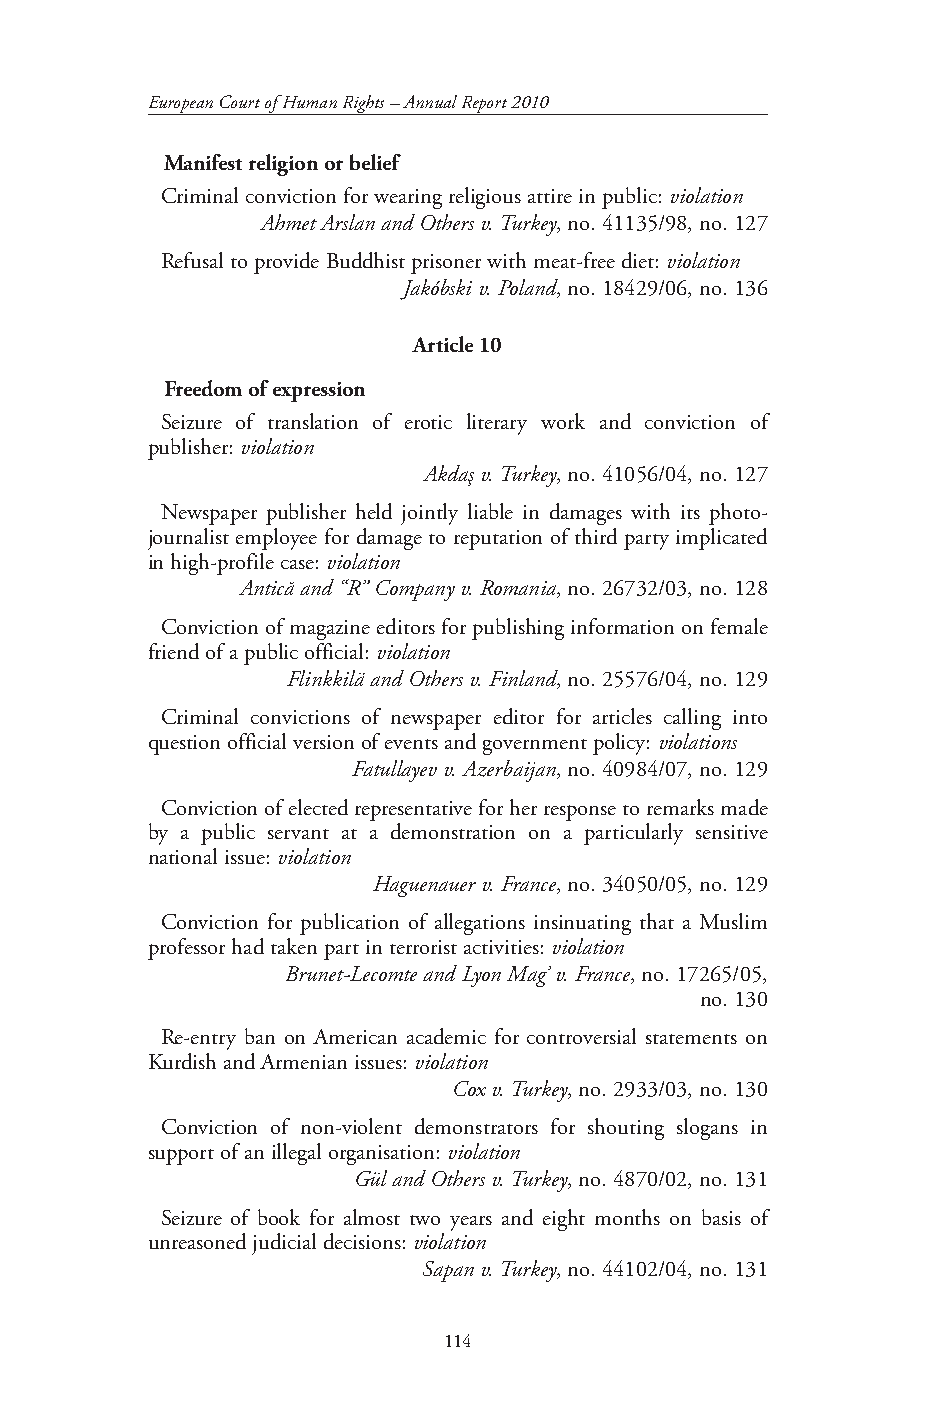
European Court of Human Rights – Annual Report 2010
 Manifest religion or belief
 Criminal conviction for wearing religious attire in public: violation
 Ahmet Arslan and Others v. Turkey, no. 41135/98, no. 127
 Refusal to provide Buddhist prisoner with meat-free diet: violation
 Jakóbski v. Poland, no. 18429/06, no. 136
 Article 10
 Freedom of expression
 Seizure of translation of erotic literary work and conviction of
 publisher: violation
 Akdaş v. Turkey, no. 41056/04, no. 127
 Newspaper publisher held jointly liable in damages with its photo-
 journalist employee for damage to reputation of third party implicated
 in high-profile case: violation
 Antică and “R” Company v. Romania, no. 26732/03, no. 128
 Conviction of magazine editors for publishing information on female
 friend of a public official: violation
 Flinkkilä and Others v. Finland, no. 25576/04, no. 129
 Criminal convictions of newspaper editor for articles calling into
 question official version of events and government policy: violations
 Fatullayev v. Azerbaijan, no. 40984/07, no. 129
 Conviction of elected representative for her response to remarks made
 by a public servant at a demonstration on a particularly sensitive
 national issue: violation
 Haguenauer v. France, no. 34050/05, no. 129
 Conviction for publication of allegations insinuating that a Muslim
 professor had taken part in terrorist activities: violation
 Brunet-Lecomte and Lyon Mag’ v. France, no. 17265/05,
 no. 130
 Re-entry ban on American academic for controversial statements on
 Kurdish and Armenian issues: violation
 Cox v. Turkey, no. 2933/03, no. 130
 Conviction of non-violent demonstrators for shouting slogans in
 support of an illegal organisation: violation
 Gül and Others v. Turkey, no. 4870/02, no. 131
 Seizure of book for almost two years and eight months on basis of
 unreasoned judicial decisions: violation
 Sapan v. Turkey, no. 44102/04, no. 131
 114